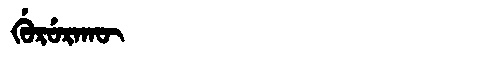
Manchu: ᡤᡠᡵᡠᡵᠠᡴᡡ
Romanization: GURURAKŪ